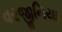
વરજીનિયા